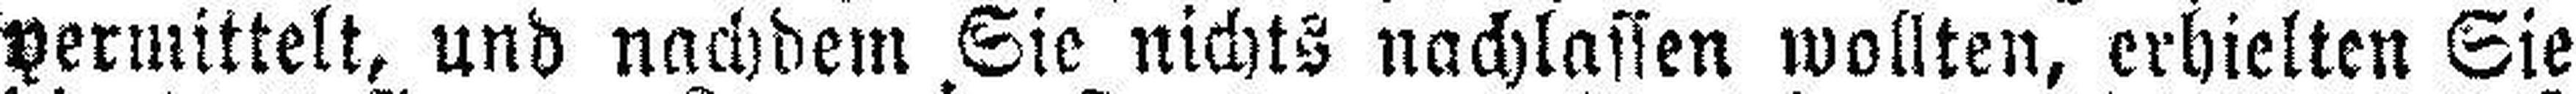
vermittelt, und nachdem Sie nichts nachlassen wollten, erhielten Sie